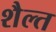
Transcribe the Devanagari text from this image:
शैल्त